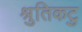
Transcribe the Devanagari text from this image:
श्रुतिकटु